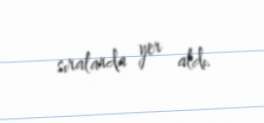
sıralarda yer aldı.